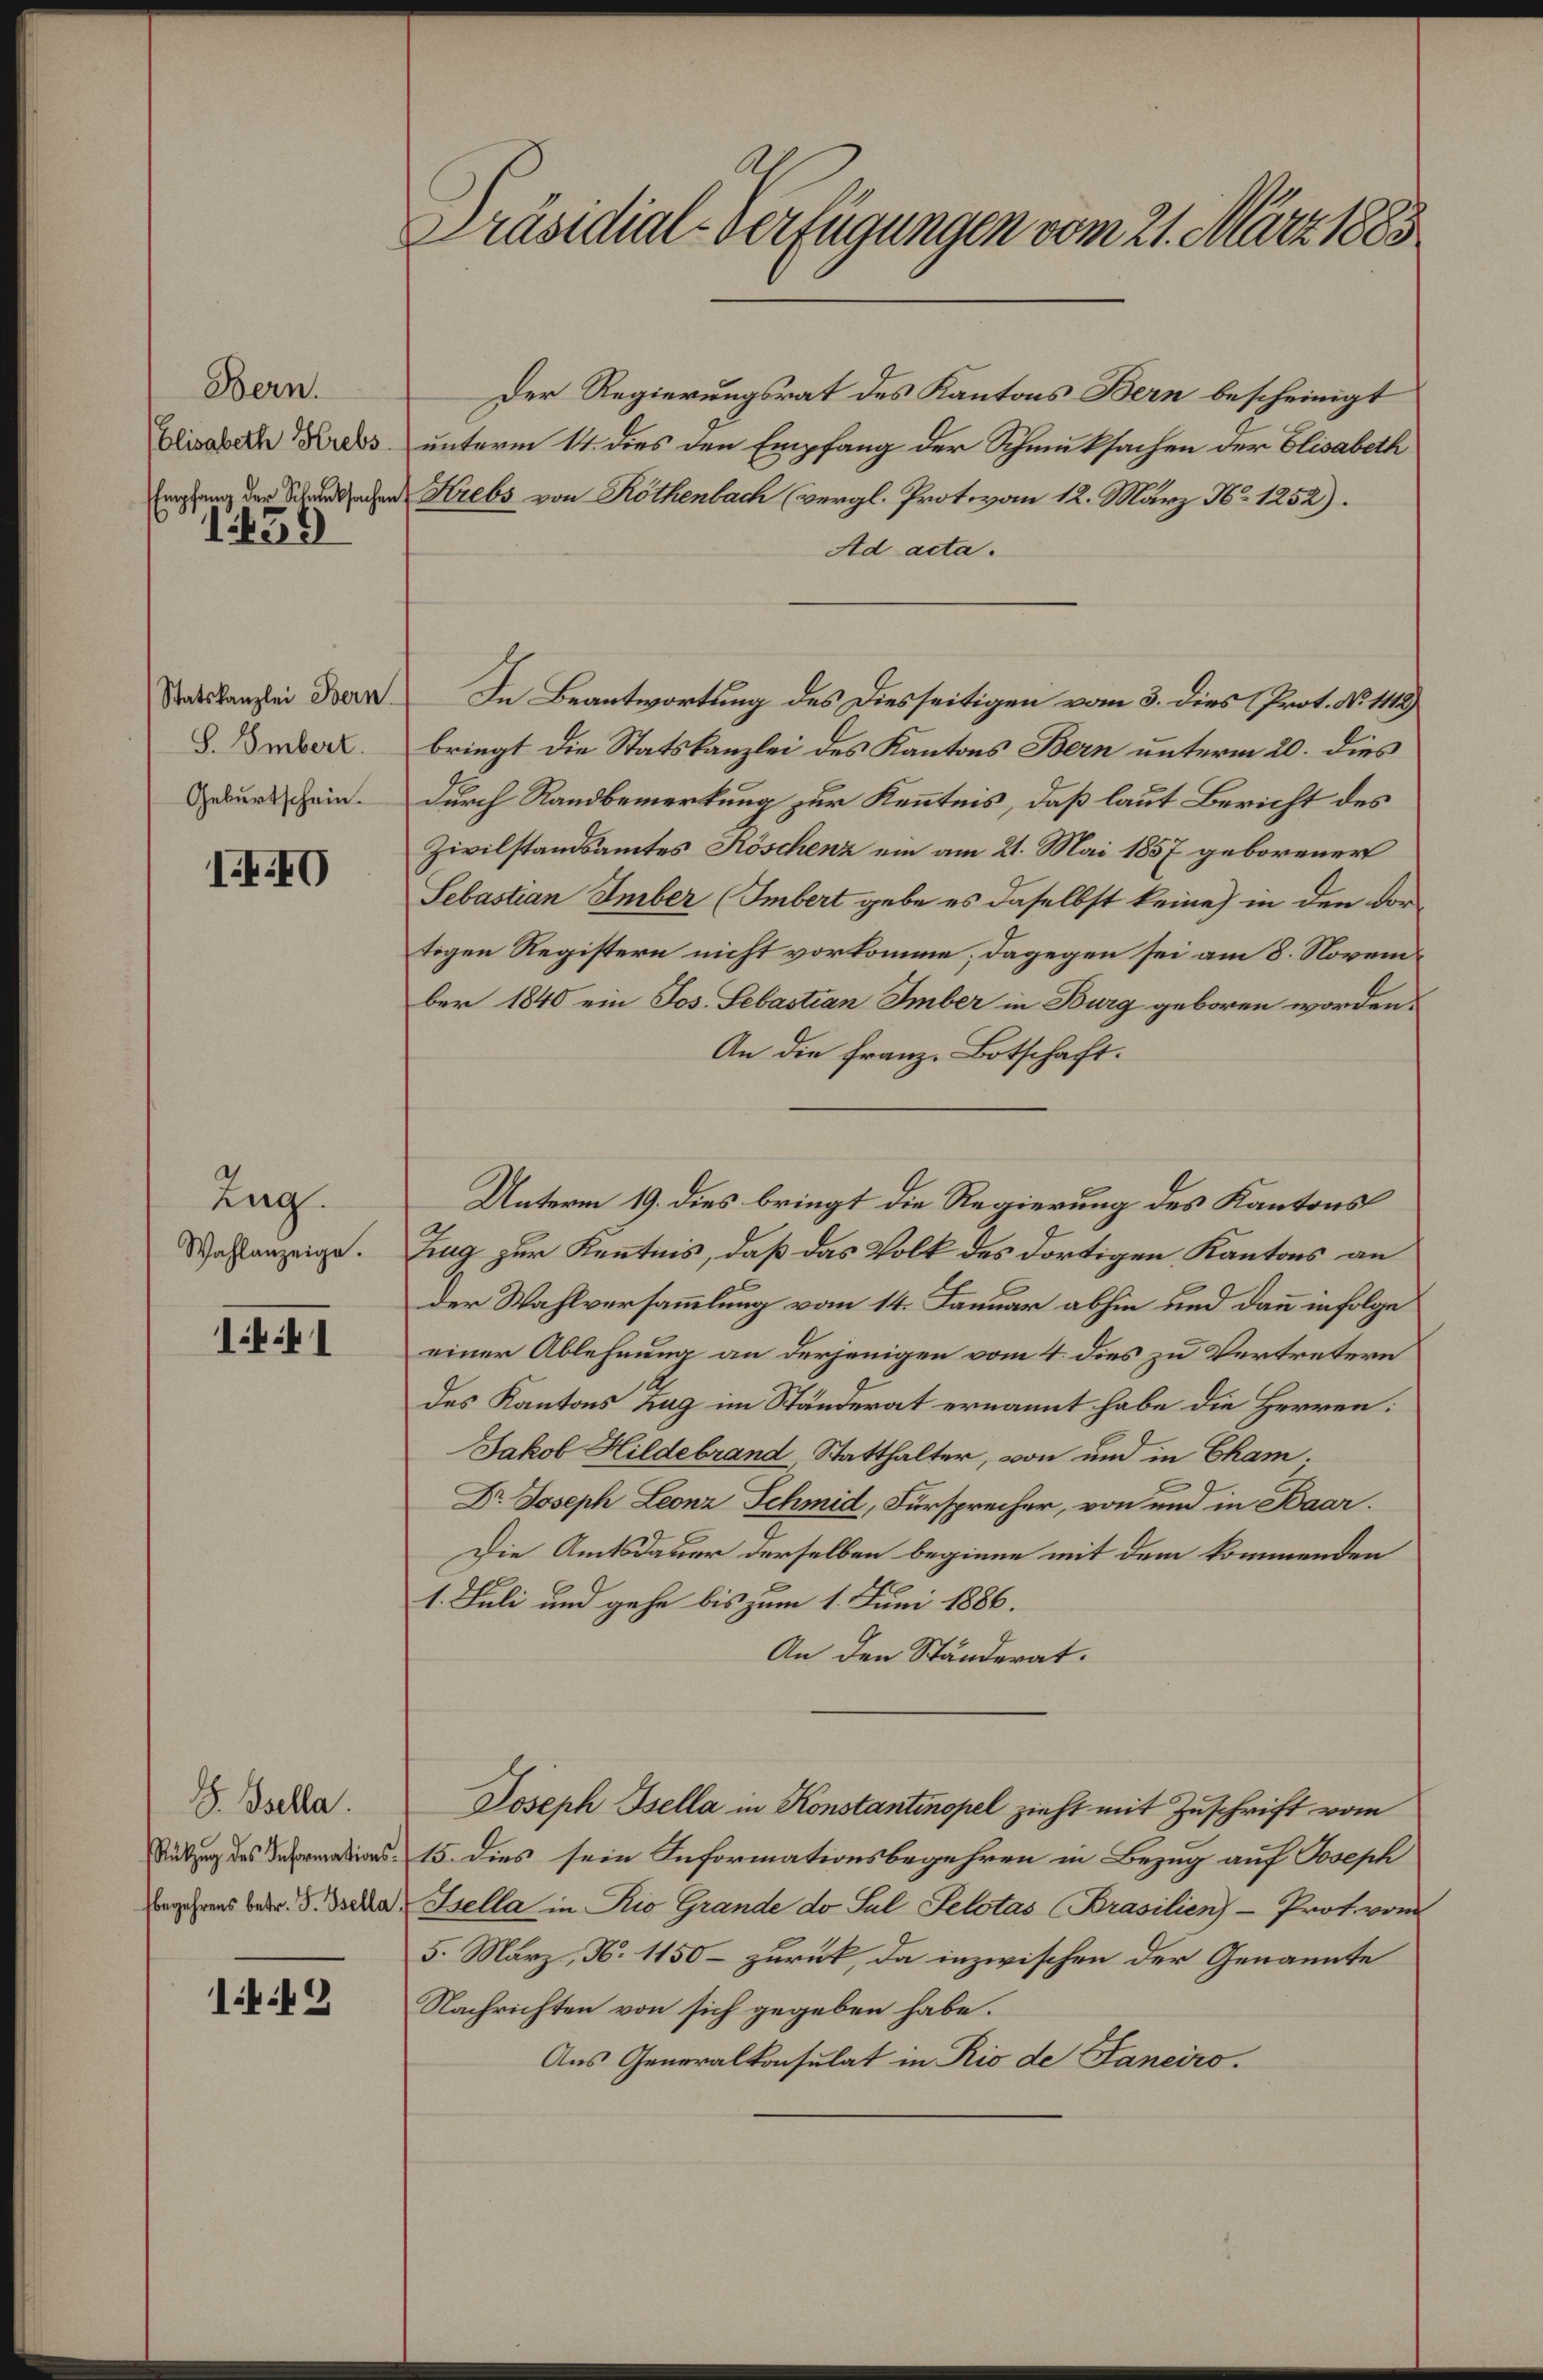
Bern.
Elisabeth Krebs

109

S. Embert.
Geburtschein.

IIIO

Zug.
Wahlanzeige.

1.41

Z. Bsella.

149

Präsidial-Verfügungen vom 21. März 1883

Der Regierungsrat des Kantons Bern bescheinigt
unterm 14. dies den Empfang der Schmuksachen der Elisabeth
Eragung der Schaden Krebs von Köthenbach (vergl. Protovom 12. März No 1252).
Ad acta.
Staatskanzlei Bern In Beantwortung des Diesseitigen vom 3. dies Prot. No 1112)
bringt die Statskanzlei des Kantons Bern unterm 20. dies
durch Randbemerkung zur Kenntnis, daß laut Bericht des
Zivilstandsamtes Köschenz ein am 21. Mai 1857 geborener
Sebastian Imber (Imbert gebe es daselbst keine in den dortigen Registern nicht vorkomme; dagegen sei am 8. November 1840 ein Jos. Sebastian Imber in Burg geboren worden.
An die Franz-Botschaft.
Zug zur Kenntnis, daß das Volk des dortigen Kantons an
der Wahlversammlung vom 14. Januar abhin und dann infolge
einer Ablehnung an derjenigen vom 4. dies zu Vertretern
des Kantons Zug im Ständerat ernannt habe die Herren:
Jakob Hildebrand, Statthalter, von und in Cham
Dr. Joseph Leonz Schmid, Fürsprecher, von und in Baar.
Die Amtsdauer derselben beginne mit dem kommenden
1. Juli und gehe bis zum 1. Juni 1886.
An den Ständerat.
Joseph Isella in Konstantinopel zieht mit Zuschrift vom
a 15. dies sein Informationsbegehren in Bezug auf Joseph
begehrens betr. V. Da Sella in Rio Grande do sul Selotas Brasilien - Prot. vom
5. März, N. 1150 – zurück, da inzwischen der Genannte
Nachrichten von sich gegeben habe.
Aus Generalkonsulat in Rio de Janeiro.

Unterm 19. dies bringt die Regierung des Kantons